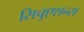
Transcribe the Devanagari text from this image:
सिचुएशन्स